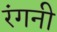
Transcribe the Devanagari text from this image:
रंगनी